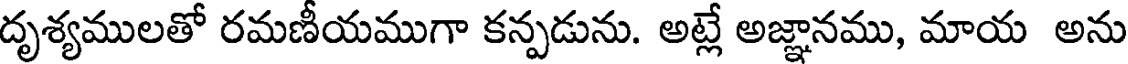
దృశ్యములతో రమణీయముగా కన్పడును. అట్లే అజ్ఞానము, మాయ అను